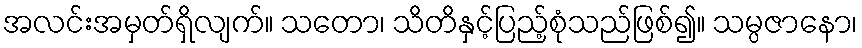
အလင်းအမှတ်ရှိလျက်။ သတော၊ သိတိနှင့်ပြည့်စုံသည်ဖြစ်၍။ သမ္ပဇာနော၊